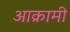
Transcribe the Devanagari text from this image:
आक्रामी